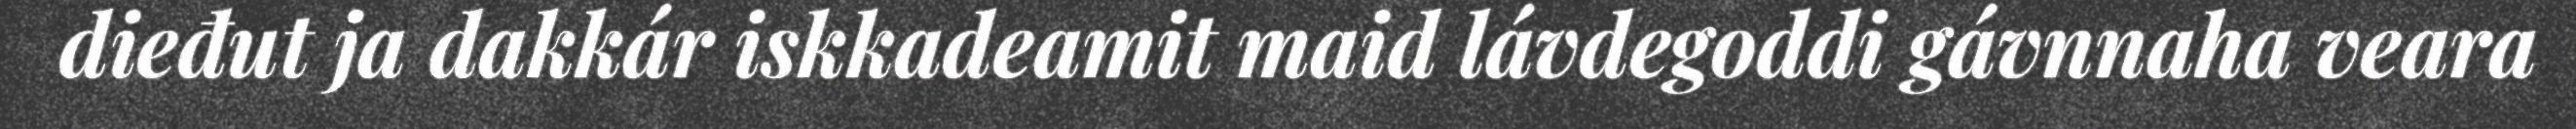
dieđut ja dakkár iskkadeamit maid lávdegoddi gávnnaha veara